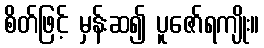
စိတ်ဖြင့် မှန်းဆ၍ ပူဇော်ရကျိုး။